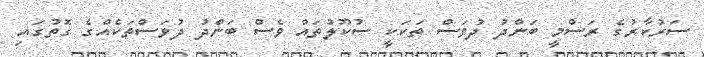
ސަރުކާރުގެ ރަސްމީ ބަންދު ދުވަސް ތަކަކީ ސުކޫލުތައް ވެސް ބަންދު ދުވަސްތަކެއްގެ ގޮތުގައި